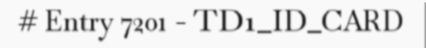
# Entry 7201 - TD1_ID_CARD